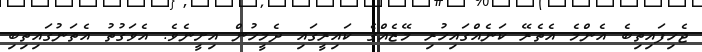
ޖެހިފައިތިބެ އެންމެ އެތެރޭ ކަނެއްގައިހުރި މޭޒެއްގެ ކައިރީގައި ދެމީހުން އިށީނެވެ. އެވަގުތު އެތަނުގައިތިބި